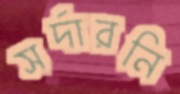
সর্দারনি